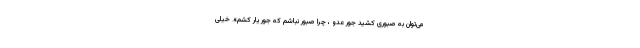
می‌توان به صبوری کشید جور عدو ، چرا صبور نباشم که جور یار کشم». خیلی